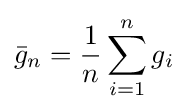
{\bar {g}}_{n}={\frac {1}{n}}\sum _{i=1}^{n}g_{i}